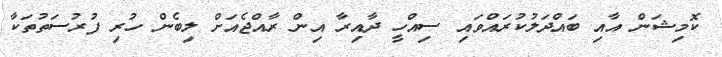
ކޮމިޝަން އާއި ބައްދަލުކުރައްވައި ސިއްހީ ދާއިރާ އިން ރާއްޖެއަށް ލިބެން ހުރި ފުރުސަތުތަކާ